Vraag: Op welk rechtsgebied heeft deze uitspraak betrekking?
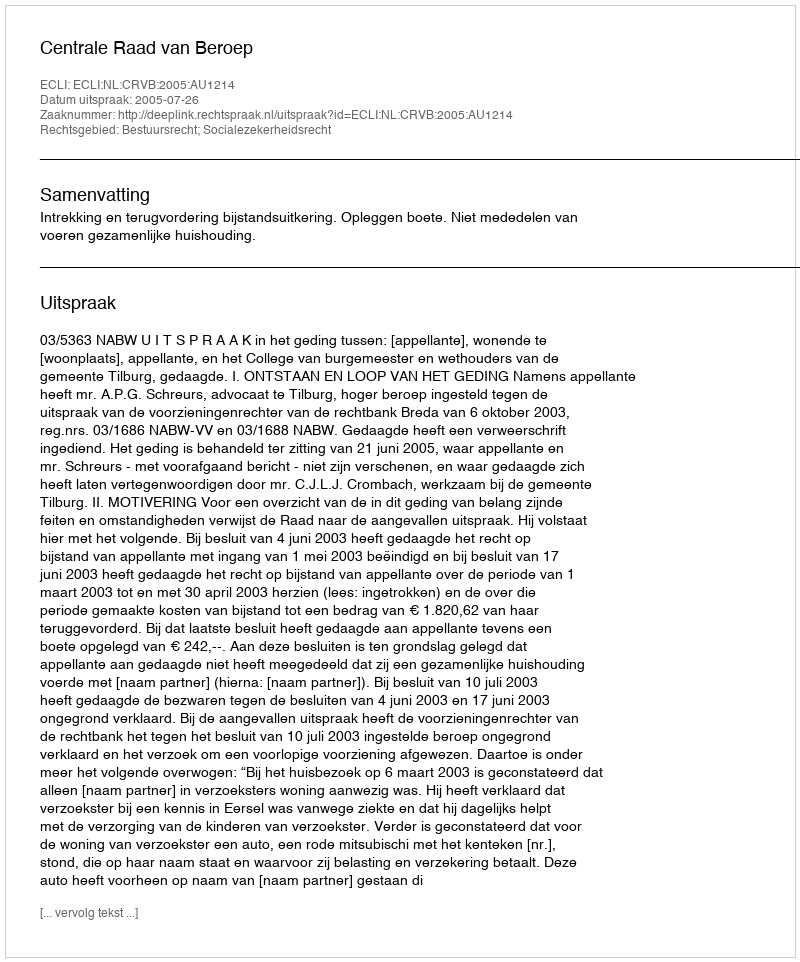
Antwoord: Bestuursrecht; Socialezekerheidsrecht